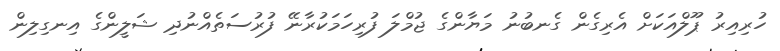
ހުރިއިރު ޕޫލްއަކަށް އެރިގެން ގެނބުނު މަޔާންގެ ޖުމްލަ ފުރިހަމަކުރާނޭ ފުރުސަތެއްނުދި ޝަލީންގެ އިނގިލިން